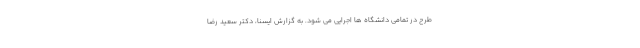
طرح در تمامی دانشگاه ها اجرایی می شود. به گزارش ایسنا، دکتر سعید رضا